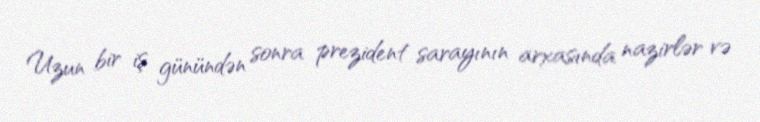
Uzun bir iş günündən sonra prezident sarayının arxasında nazirlər və